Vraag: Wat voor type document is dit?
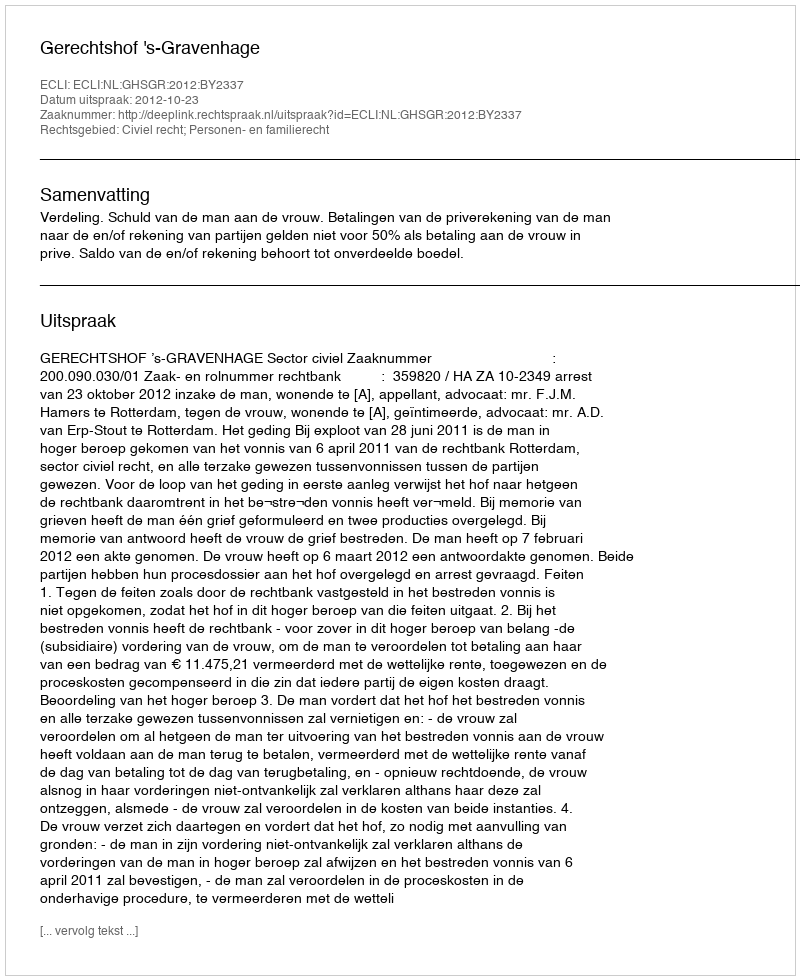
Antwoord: Uitspraak